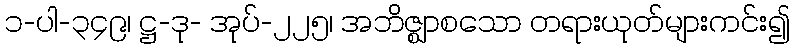
၁-ပါ-၃၄၉၊ ဋ္ဌ-ဒု- အုပ်-၂၂၅၊ အဘိဇ္ဈာစသော တရားယုတ်များကင်း၍